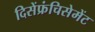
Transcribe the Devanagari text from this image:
दिसेंफ्रंचिसेमेंट